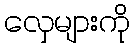
လှေများကို